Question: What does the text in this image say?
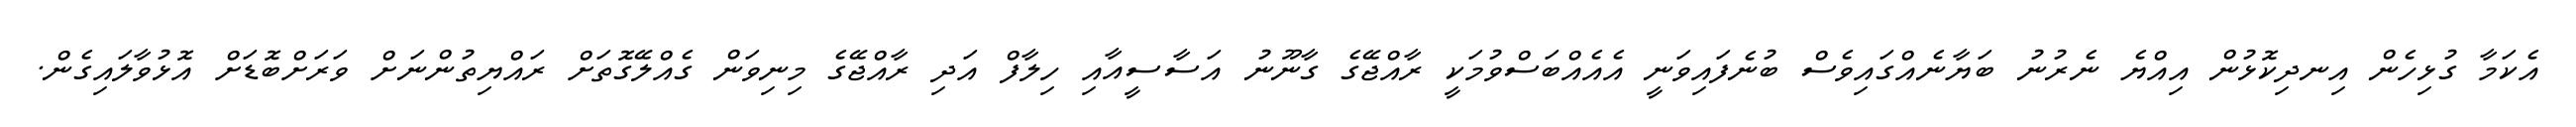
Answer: އެކަމާ ގުޅިހެން އިނދިކޮޅުން އިއްޔެ ނެރުނު ބަޔާނެއްގައިވެސް ބުނެފައިވަނީ އެއެއްބަސްވުމަކީ ރާއްޖޭގެ ގާނޫނު އަސާސީއާއި ހިލާފް އަދި ރާއްޖޭގެ މިނިވަން ގެއްލޭގޮތަށް ރައްޔިތުންނަށް ވަރަށްބޮޑަށް އޮޅުވާލައިގެން.